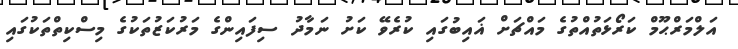
އަލްމަރްޙޫމް ކަރޯޅަތުއްތުގެ މައްޗަށް ޣައިބުގައި ކުރެވޭ ކަށު ނަމާދު ސިފައިންގެ މަރުކަޒުތަކުގެ މިސްކިތްތަކުގައި